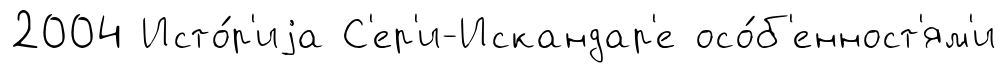
2004 Исто́р'иjа С'ер'и-Искандар'е осо́б'енност'ям'и